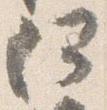
何